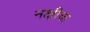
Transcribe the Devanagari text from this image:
नक्षीचा